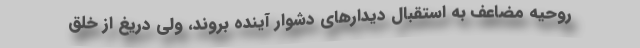
روحیه مضاعف به استقبال دیدارهای دشوار آینده بروند، ولی دریغ از خلق